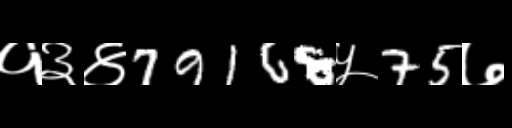
Text: १३४79168५75७